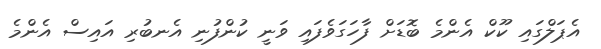
އެޕަލްގައި ކޫކް އެންމެ ބޮޑަށް ފާހަގަވެފައި ވަނީ ކުންފުނި އެނބުރި އައިސް އެންމެ